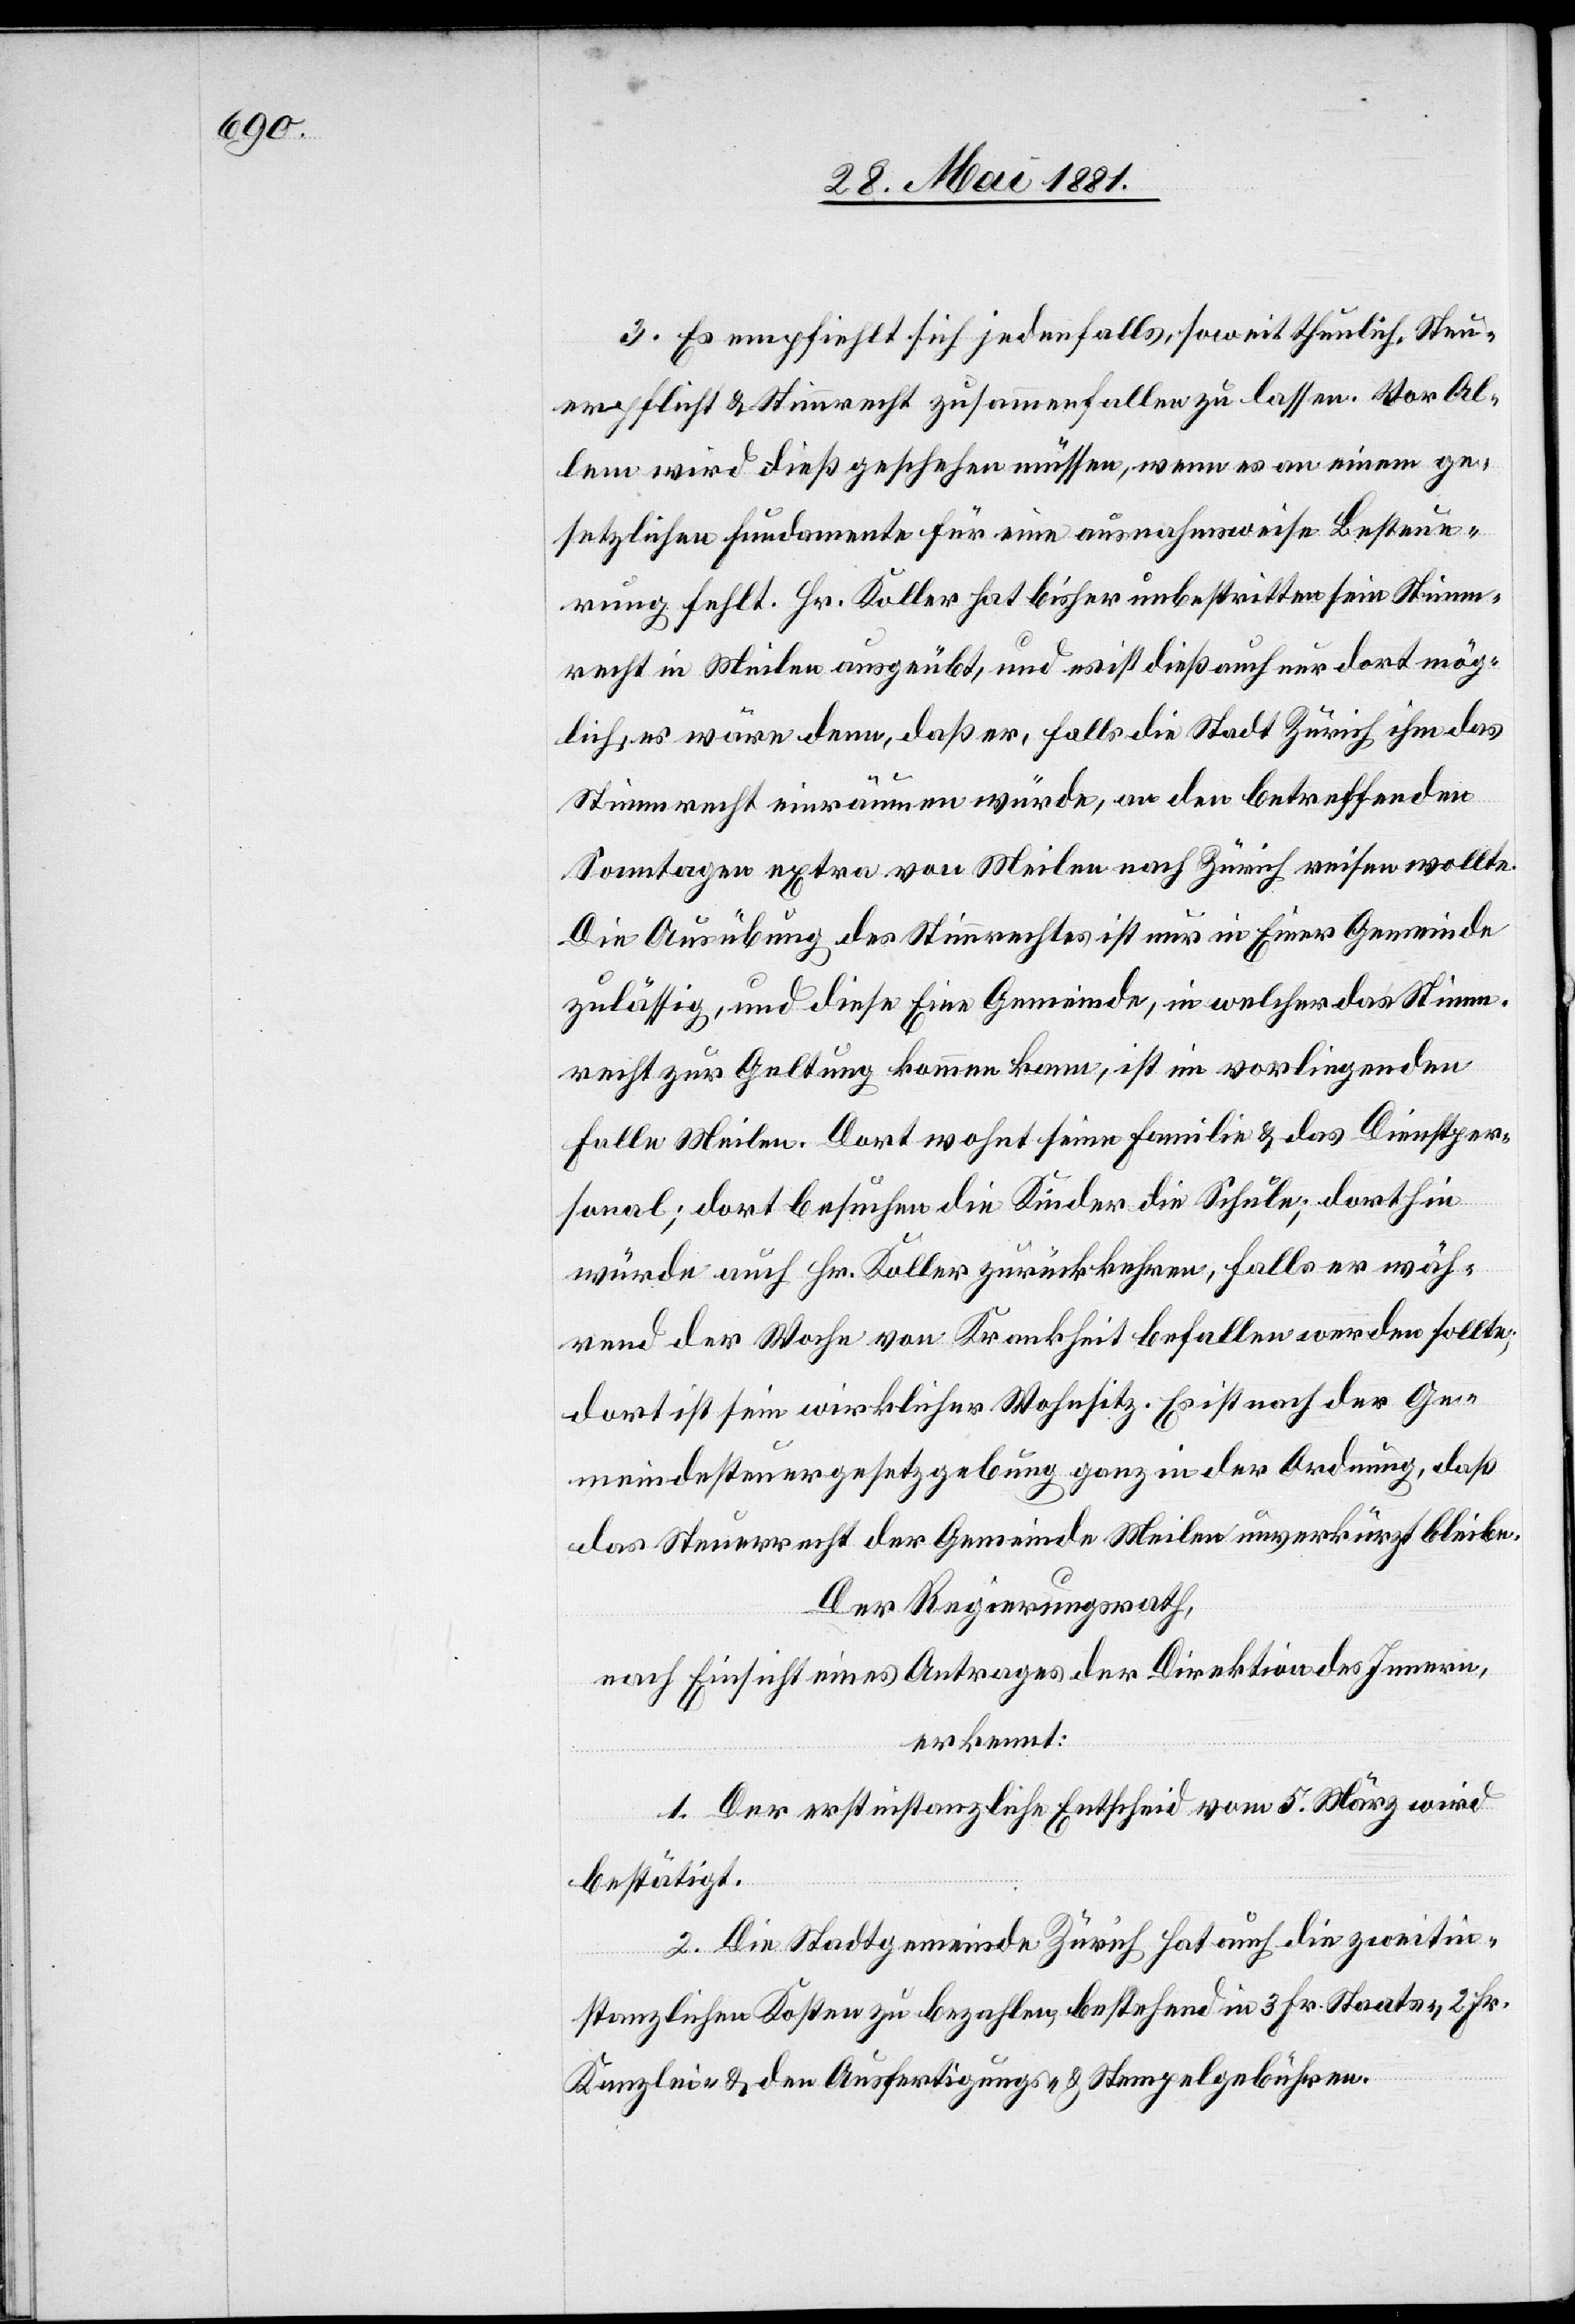
3. Es empfiehlt sich jedenfalls, soweit thunlich, Steu¬
erpflicht & Stimmrecht zusammenfallen zu lassen. Vor Al¬
lem wird dieß geschehen müssen, wenn es an einem ge¬
setzlichen Fundamente für eine ausnahmsweise Besteue¬
rung fehlt. Hr. Koller hat bisher unbestritten sein Stimm¬
recht in Meilen ausgeübt, und es ist dieß auch nur dort mög¬
lich, es wäre denn, daß er, falls die Stadt Zürich ihm das
Stimmrecht einräumen würde, an den betreffenden
Sonntagen extra von Meilen nach Zürich reisen wollte.
Die Ausübung des Stimmrechtes ist nur in Einer Gemeinde
zulässig, und diese Eine Gemeinde, in welcher das Stimm¬
recht zur Geltung kommen kann, ist im vorliegenden
Falle Meilen. Dort wohnt seine Familie & das Dienstper¬
sonal; dort besuchen die Kinder die Schule; dort hin
würde auch Hr. Koller zurückkehren, falls er wäh¬
rend der Woche von Krankheit befallen werden sollte;
dort ist sein wirklicher Wohnsitz. Es ist nach der Ge¬
meindesteuergesetzgebung ganz in der Ordnung, daß
das Steuerrecht der Gemeinde Meilen unverkürzt bleibe.
Der Regierungsrath,
nach Einsicht eines Antrages der Direktion des Innern,
erkennt:
1. Der erstinstanzliche Entscheid vom 5. März wird
bestätigt.
2. Die Stadtgemeinde Zürich hat auch die zweitin¬
stanzlichen Kosten zu bezahlen, bestehend in 3 Fr. Staats-, 2 Fr.
Kanzlei- & den Ausfertigungs- & Stempelgebühren.